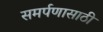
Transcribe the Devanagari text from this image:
समर्पणासाठी